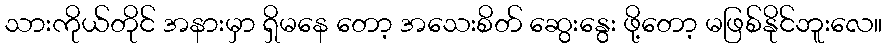
သားကိုယ်တိုင် အနားမှာ ရှိမနေ တော့ အသေးစိတ် ဆွေးနွေး ဖို့တော့ မဖြစ်နိုင်ဘူးလေ။